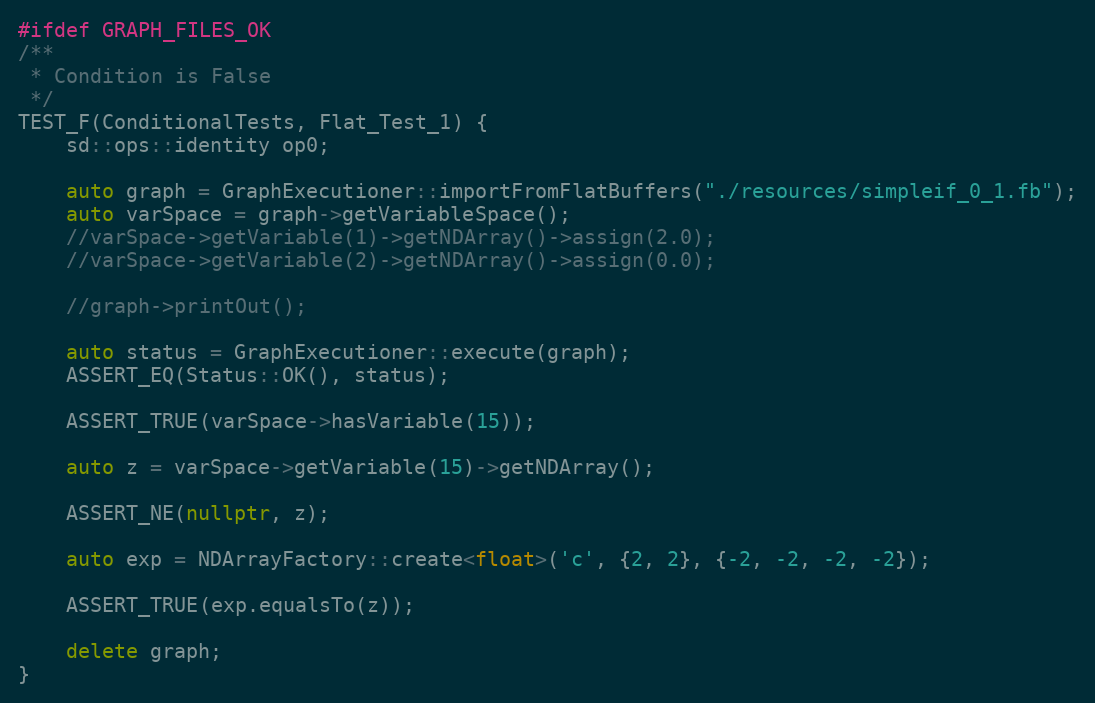
Language: C++
#ifdef GRAPH_FILES_OK
/**
 * Condition is False
 */
TEST_F(ConditionalTests, Flat_Test_1) {
    sd::ops::identity op0;

    auto graph = GraphExecutioner::importFromFlatBuffers("./resources/simpleif_0_1.fb");
    auto varSpace = graph->getVariableSpace();
    //varSpace->getVariable(1)->getNDArray()->assign(2.0);
    //varSpace->getVariable(2)->getNDArray()->assign(0.0);

    //graph->printOut();

    auto status = GraphExecutioner::execute(graph);
    ASSERT_EQ(Status::OK(), status);

    ASSERT_TRUE(varSpace->hasVariable(15));

    auto z = varSpace->getVariable(15)->getNDArray();

    ASSERT_NE(nullptr, z);

    auto exp = NDArrayFactory::create<float>('c', {2, 2}, {-2, -2, -2, -2});

    ASSERT_TRUE(exp.equalsTo(z));

    delete graph;
}